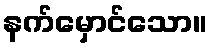
နက်မှောင်သော။